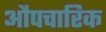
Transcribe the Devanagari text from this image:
औपचारिक